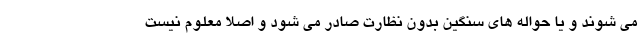
می شوند و یا حواله های سنگین بدون نظارت صادر می شود و اصلا معلوم نیست